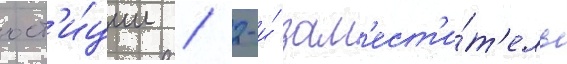
юст'и́ции / 2-и́ зам'ест'и́т'ель